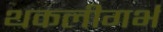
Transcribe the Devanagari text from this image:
थकलीगर्भ